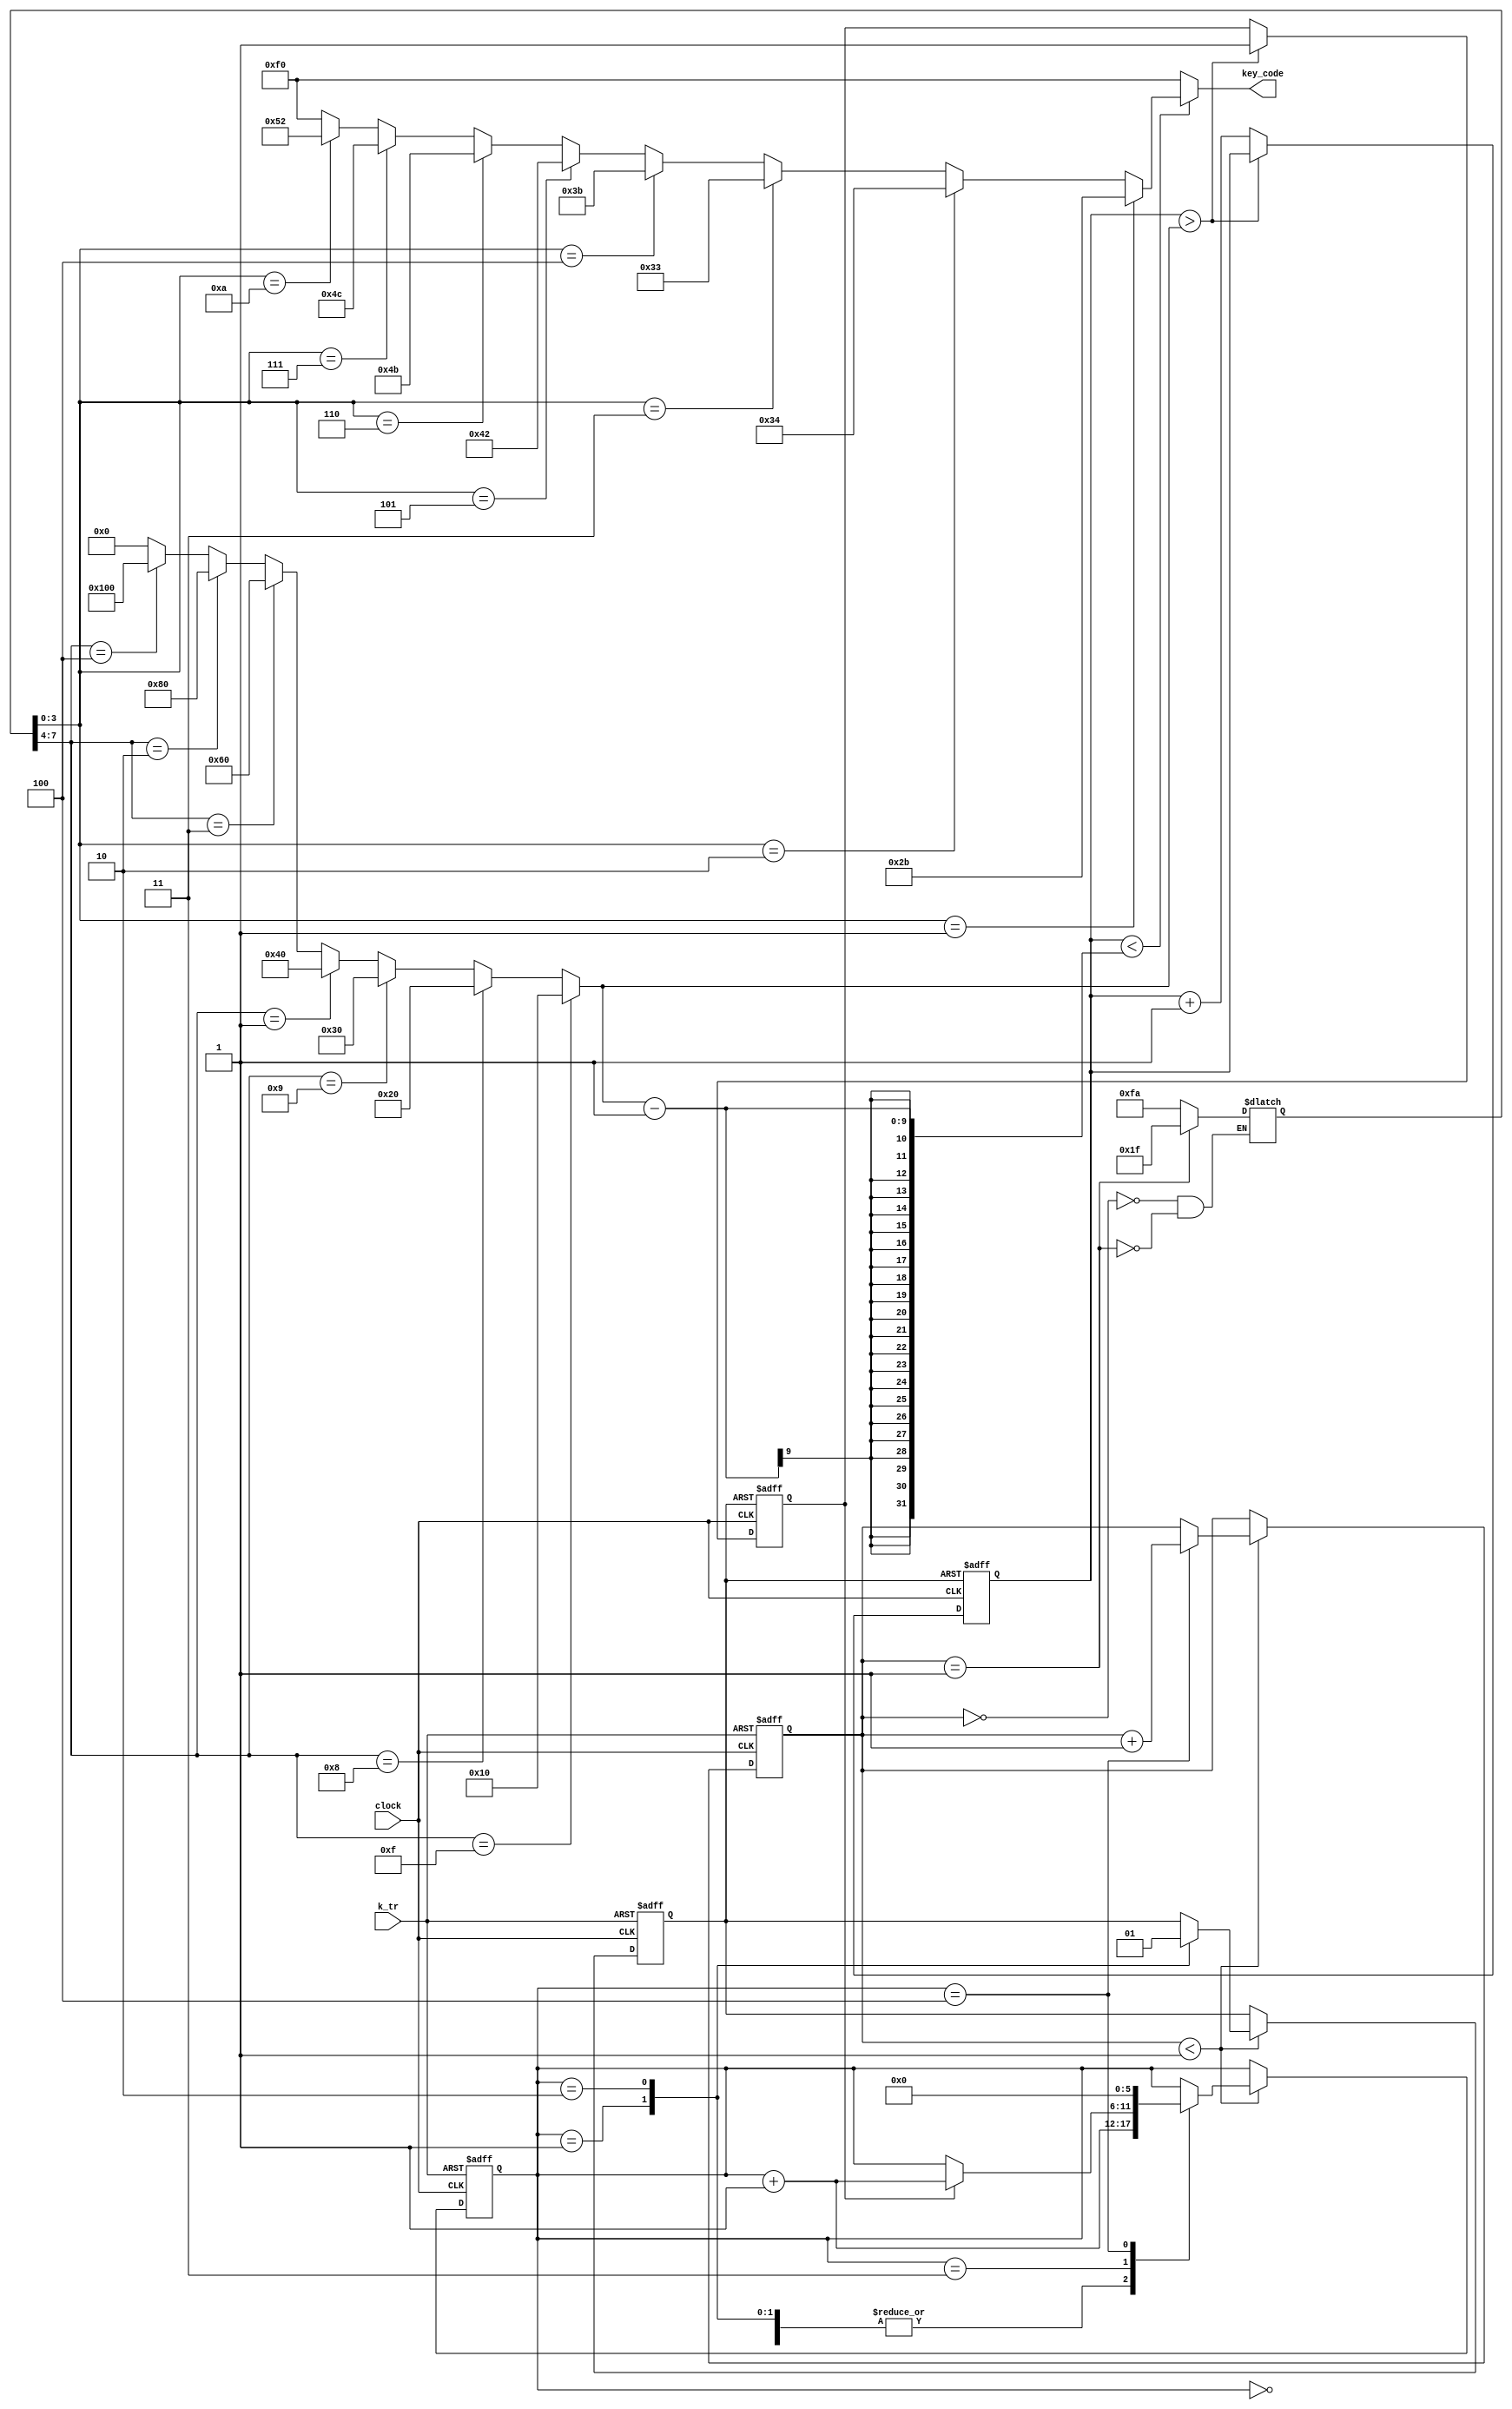
module demo_sound1(
	input  clock,
	output [7:0]key_code,
	input  k_tr
);
	reg [15:0]tmp;
	wire[15:0]tmpa;
	reg tr;
	reg [15:0]step;
	wire[15:0]step_r;
	reg [15:0]TT;
	reg[5:0]st;
	reg go_end;
	always @(negedge k_tr or posedge clock) begin
	if (!k_tr) begin
   		step=0;
   		st=0;
   		tr=0;
	end
	else
	if (step<step_r) begin
  		case (st)
  		0: st=st+1;
  		1: begin tr=0; st=st+1;end
  		2: begin tr=1;st=st+1;end
  		3: if(go_end) st=st+1;
  		4: begin st=0;step=step+1;end
  		endcase
	end
	end
	wire [7:0]key_code1=(
		(TT[3:0]==1)?8'h2b:(
		(TT[3:0]==2)?8'h34:(
		(TT[3:0]==3)?8'h33:(
		(TT[3:0]==4)?8'h3b:(
		(TT[3:0]==5)?8'h42:(
		(TT[3:0]==6)?8'h4b:(
		(TT[3:0]==7)?8'h4c:(
		(TT[3:0]==10)?8'h52:(
		(TT[3:0]==15)?8'hf0:8'hf0
		))))))))
	);
	assign tmpa[15:0]=(
		(TT[7:4]==15)?16'h10:(
		(TT[7:4]==8)? 16'h20:(
		(TT[7:4]==9)? 16'h30:(
		(TT[7:4]==1)? 16'h40:(
		(TT[7:4]==3)? 16'h60:(
		(TT[7:4]==2)? 16'h80:(
		(TT[7:4]==4)? 16'h100:0
		))))))
	);
	always @(step) begin
	case (step)
		0:TT=8'hfa;
		1:TT=8'h1f;
	endcase
	end
	assign step_r=1;
	always @(negedge tr or posedge clock)begin
		if(!tr) begin tmp=0;go_end=0 ;end
		else if (tmp>tmpa)go_end=1; 
		else tmp=tmp+1;
	end
	assign key_code=(tmp<(tmpa-1))?key_code1:8'hf0;
endmodule